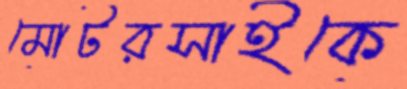
মোটরসাইকে